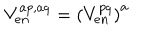
LaTeX: V _ { e n } ^ { a p , a q } = \left( V _ { e n } ^ { p q } \right) ^ { a }